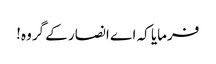
فرمایا کہ اے انصار کے گروہ!